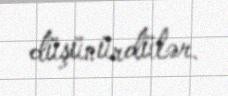
düşünürdülər.